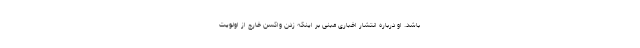
باشد. او درباره انتشار اخباری مبنی بر اینکه زدن واکسن خارج از اولویت